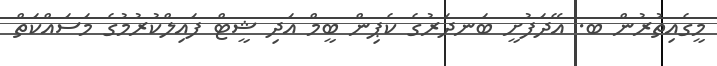
މީގެއިތުރުން ބ. އޭދަފުށީ ބަނދަރުގެ ކެޕިން ބީމް އަދި ޝީޓް ފައިލްކުރުމުގެ މަސައްކަތް